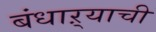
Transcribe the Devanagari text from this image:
बंधाऱ्याची